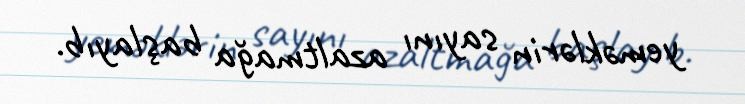
yeməklərin sayını azaltmağa başlayıb.